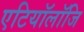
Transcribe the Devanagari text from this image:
एटियॉलॉजि